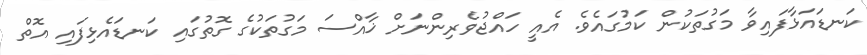
ކަނޑައަޅާފައިވާ މަގުތަކުން ކަމުގައެވެ. އެއީ ހައްޖުވެރިންނަށް ޚާއްސަ މަގުތަކުގެ ގޮތުގައި ކަނޑައެޅިފައި އޮތް